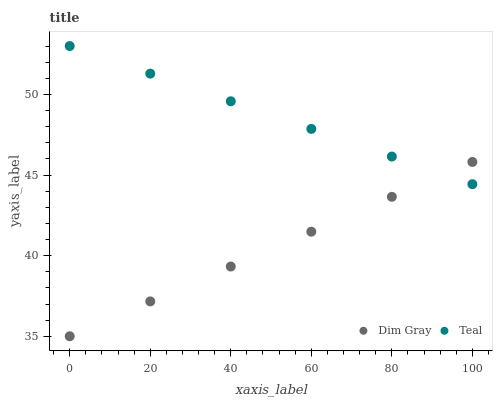
| xaxis_label | Dim Gray | Teal |
 | --- | --- | --- |
 | 0 | 35 | 53 |
 | 20 | 37.2 | 51.3 |
 | 40 | 39.3 | 49.6 |
 | 60 | 41.5 | 47.9 |
 | 80 | 43.6 | 46.1 |
 | 100 | 45.8 | 44.4 |